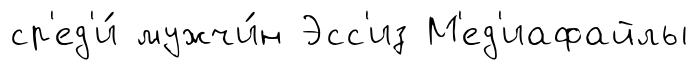
ср'ед'и́ мужчи́н Эсс'из М'ед'иафайлы